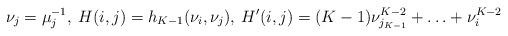
LaTeX: \begin{align*}\nu_{j}=\mu_{j}^{-1}, \: H(i,j)=h_{K-1}(\nu_{i},\nu_{j}), \: H'(i,j)=(K-1)\nu_{j_{K-1}}^{K-2}+\ldots+\nu_{i}^{K-2}\end{align*}